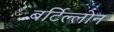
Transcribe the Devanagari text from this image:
बर्टिल्लोन